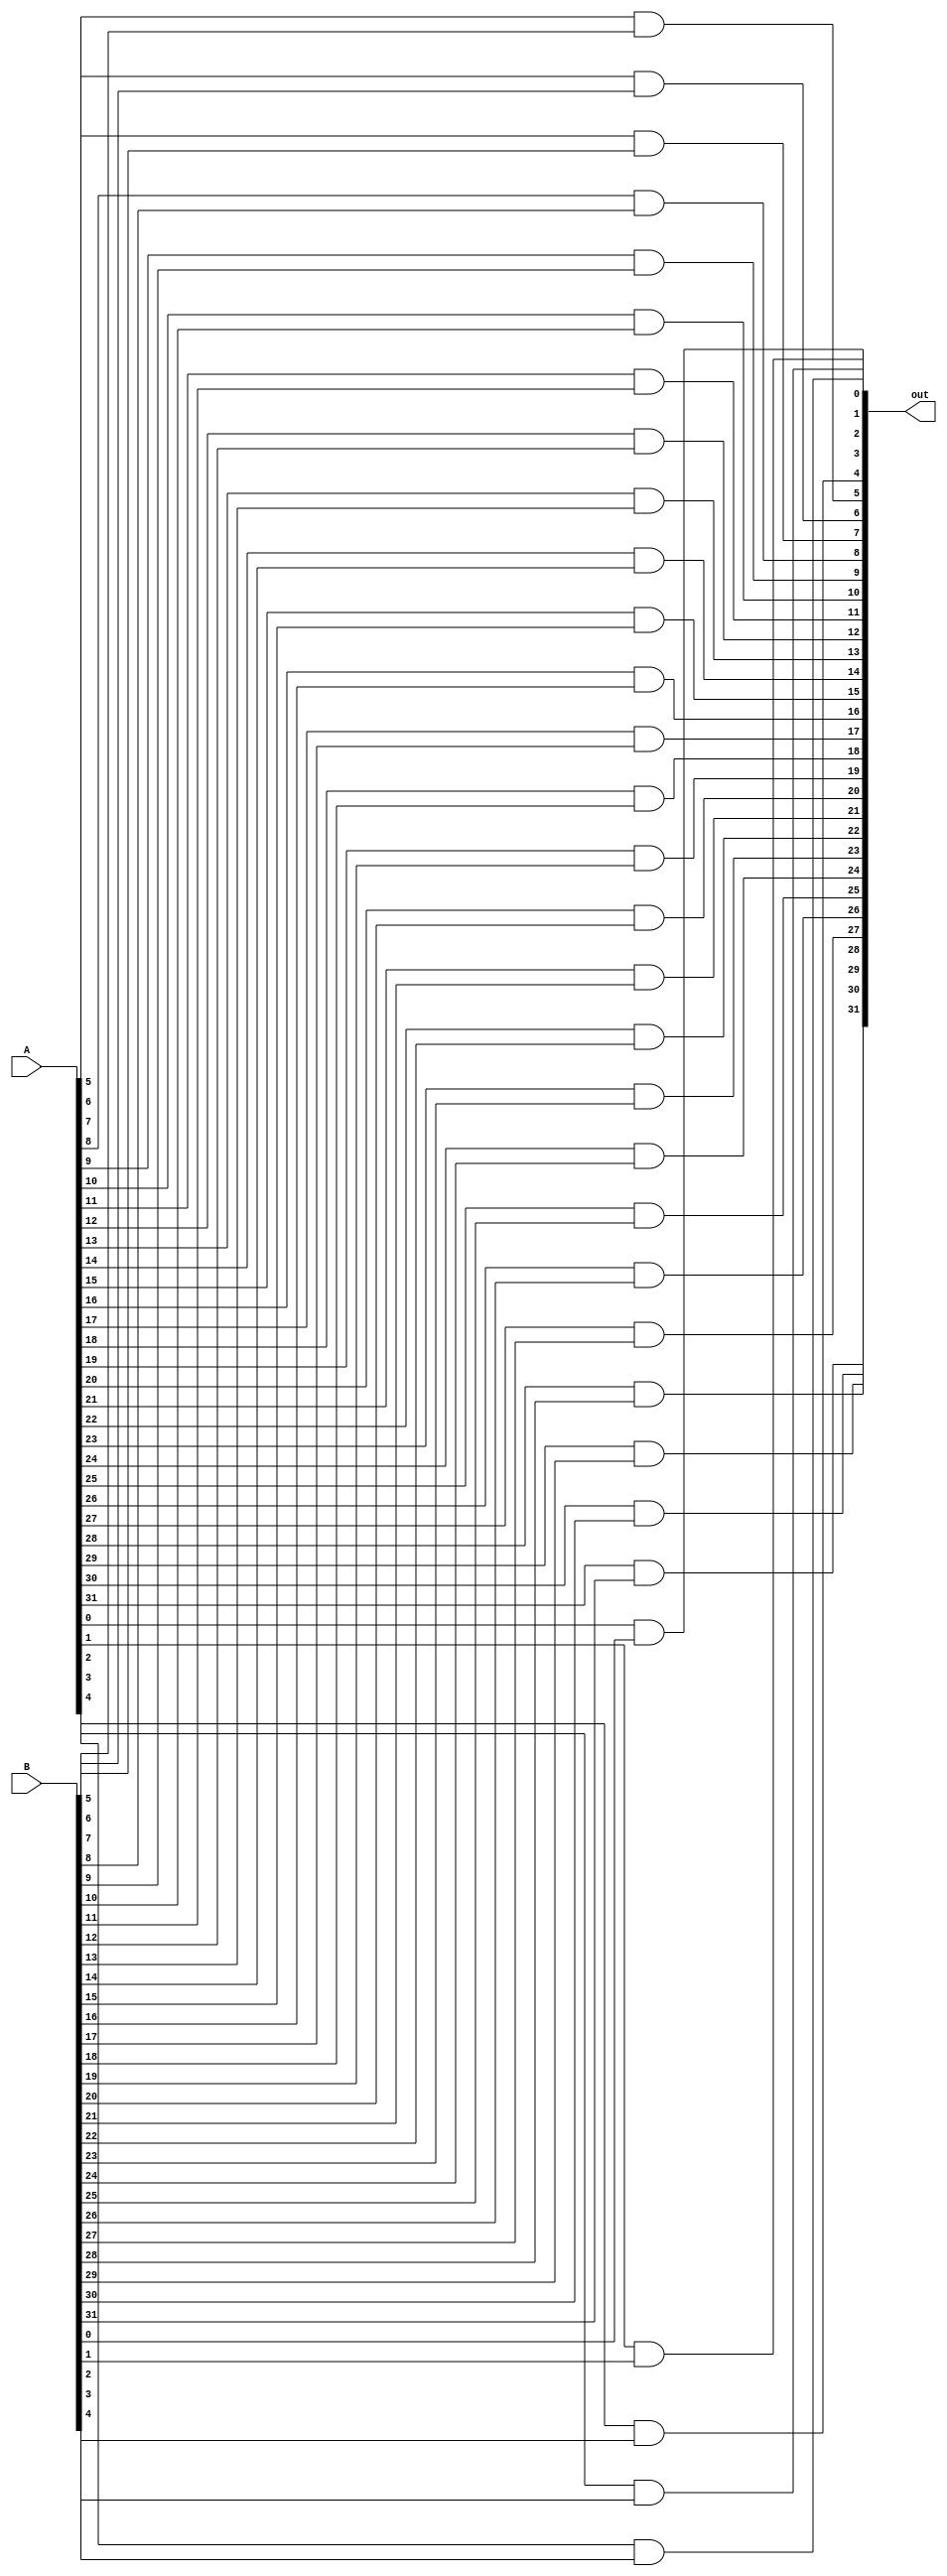
module and_gate(A, B, out);
    input [31:0] A, B;
    output [31:0] out;

    and gate0(out[0], A[0], B[0]);
    and gate1(out[1], A[1], B[1]);
    and gate2(out[2], A[2], B[2]);
    and gate3(out[3], A[3], B[3]);
    and gate4(out[4], A[4], B[4]);
    and gate5(out[5], A[5], B[5]);
    and gate6(out[6], A[6], B[6]);
    and gate7(out[7], A[7], B[7]);
    and gate8(out[8], A[8], B[8]);
    and gate9(out[9], A[9], B[9]);
    and gate10(out[10], A[10], B[10]);
    and gate11(out[11], A[11], B[11]);
    and gate12(out[12], A[12], B[12]);
    and gate13(out[13], A[13], B[13]);
    and gate14(out[14], A[14], B[14]);
    and gate15(out[15], A[15], B[15]);
    and gate16(out[16], A[16], B[16]);
    and gate17(out[17], A[17], B[17]);
    and gate18(out[18], A[18], B[18]);
    and gate19(out[19], A[19], B[19]);
    and gate20(out[20], A[20], B[20]);
    and gate21(out[21], A[21], B[21]);
    and gate22(out[22], A[22], B[22]);
    and gate23(out[23], A[23], B[23]);
    and gate24(out[24], A[24], B[24]);
    and gate25(out[25], A[25], B[25]);
    and gate26(out[26], A[26], B[26]);
    and gate27(out[27], A[27], B[27]);
    and gate28(out[28], A[28], B[28]);
    and gate29(out[29], A[29], B[29]);
    and gate30(out[30], A[30], B[30]);
    and gate31(out[31], A[31], B[31]);
endmodule